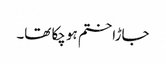
جاڑا ختم ہو چکا تھا۔